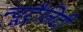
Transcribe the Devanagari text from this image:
न्यूट्रैलिटी